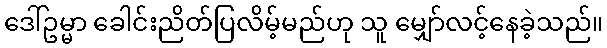
ဒေါ်ဥမ္မာ ခေါင်းညိတ်ပြလိမ့်မည်ဟု သူ မျှော်လင့်နေခဲ့သည်။